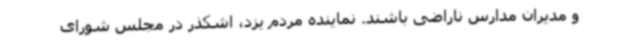
و مدیران مدارس ناراضی باشند. نماینده مردم یزد، اشکذر در مجلس شورای